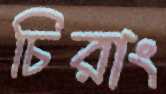
চিরাং